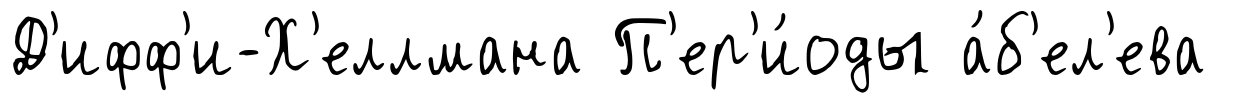
Д'ифф'и-Х'еллмана П'ер'и́оды а́б'ел'ева